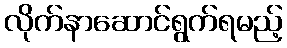
လိုက်နာဆောင်ရွက်ရမည့်